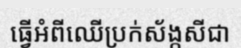
ធ្វើអំពីឈើប្រក់ស័ង្កសីជា